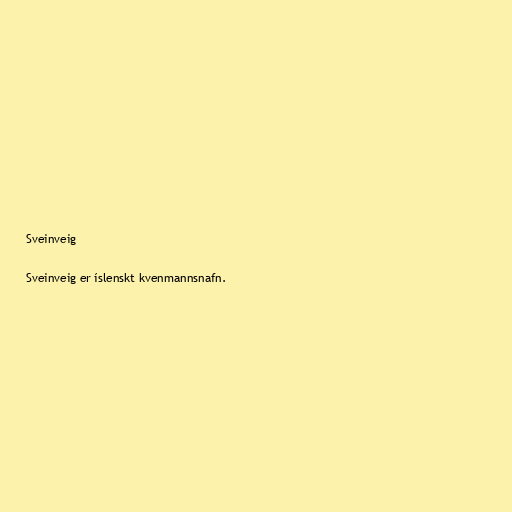
Sveinveig

Sveinveig er íslenskt kvenmannsnafn.